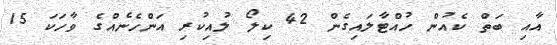
އާއި ބަތް ކެއުން ހުއްޓާލައިގެން 42 ކިލޯ ލުއިކުރި އަންހެނެއްގެ ވާހަކަ 15